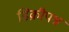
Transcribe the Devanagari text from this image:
डिक्रीपश्न